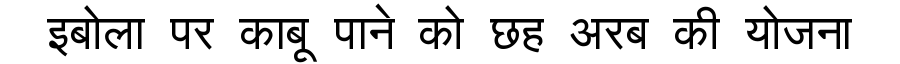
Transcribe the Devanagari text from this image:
इबोला पर काबू पाने को छह अरब की योजना